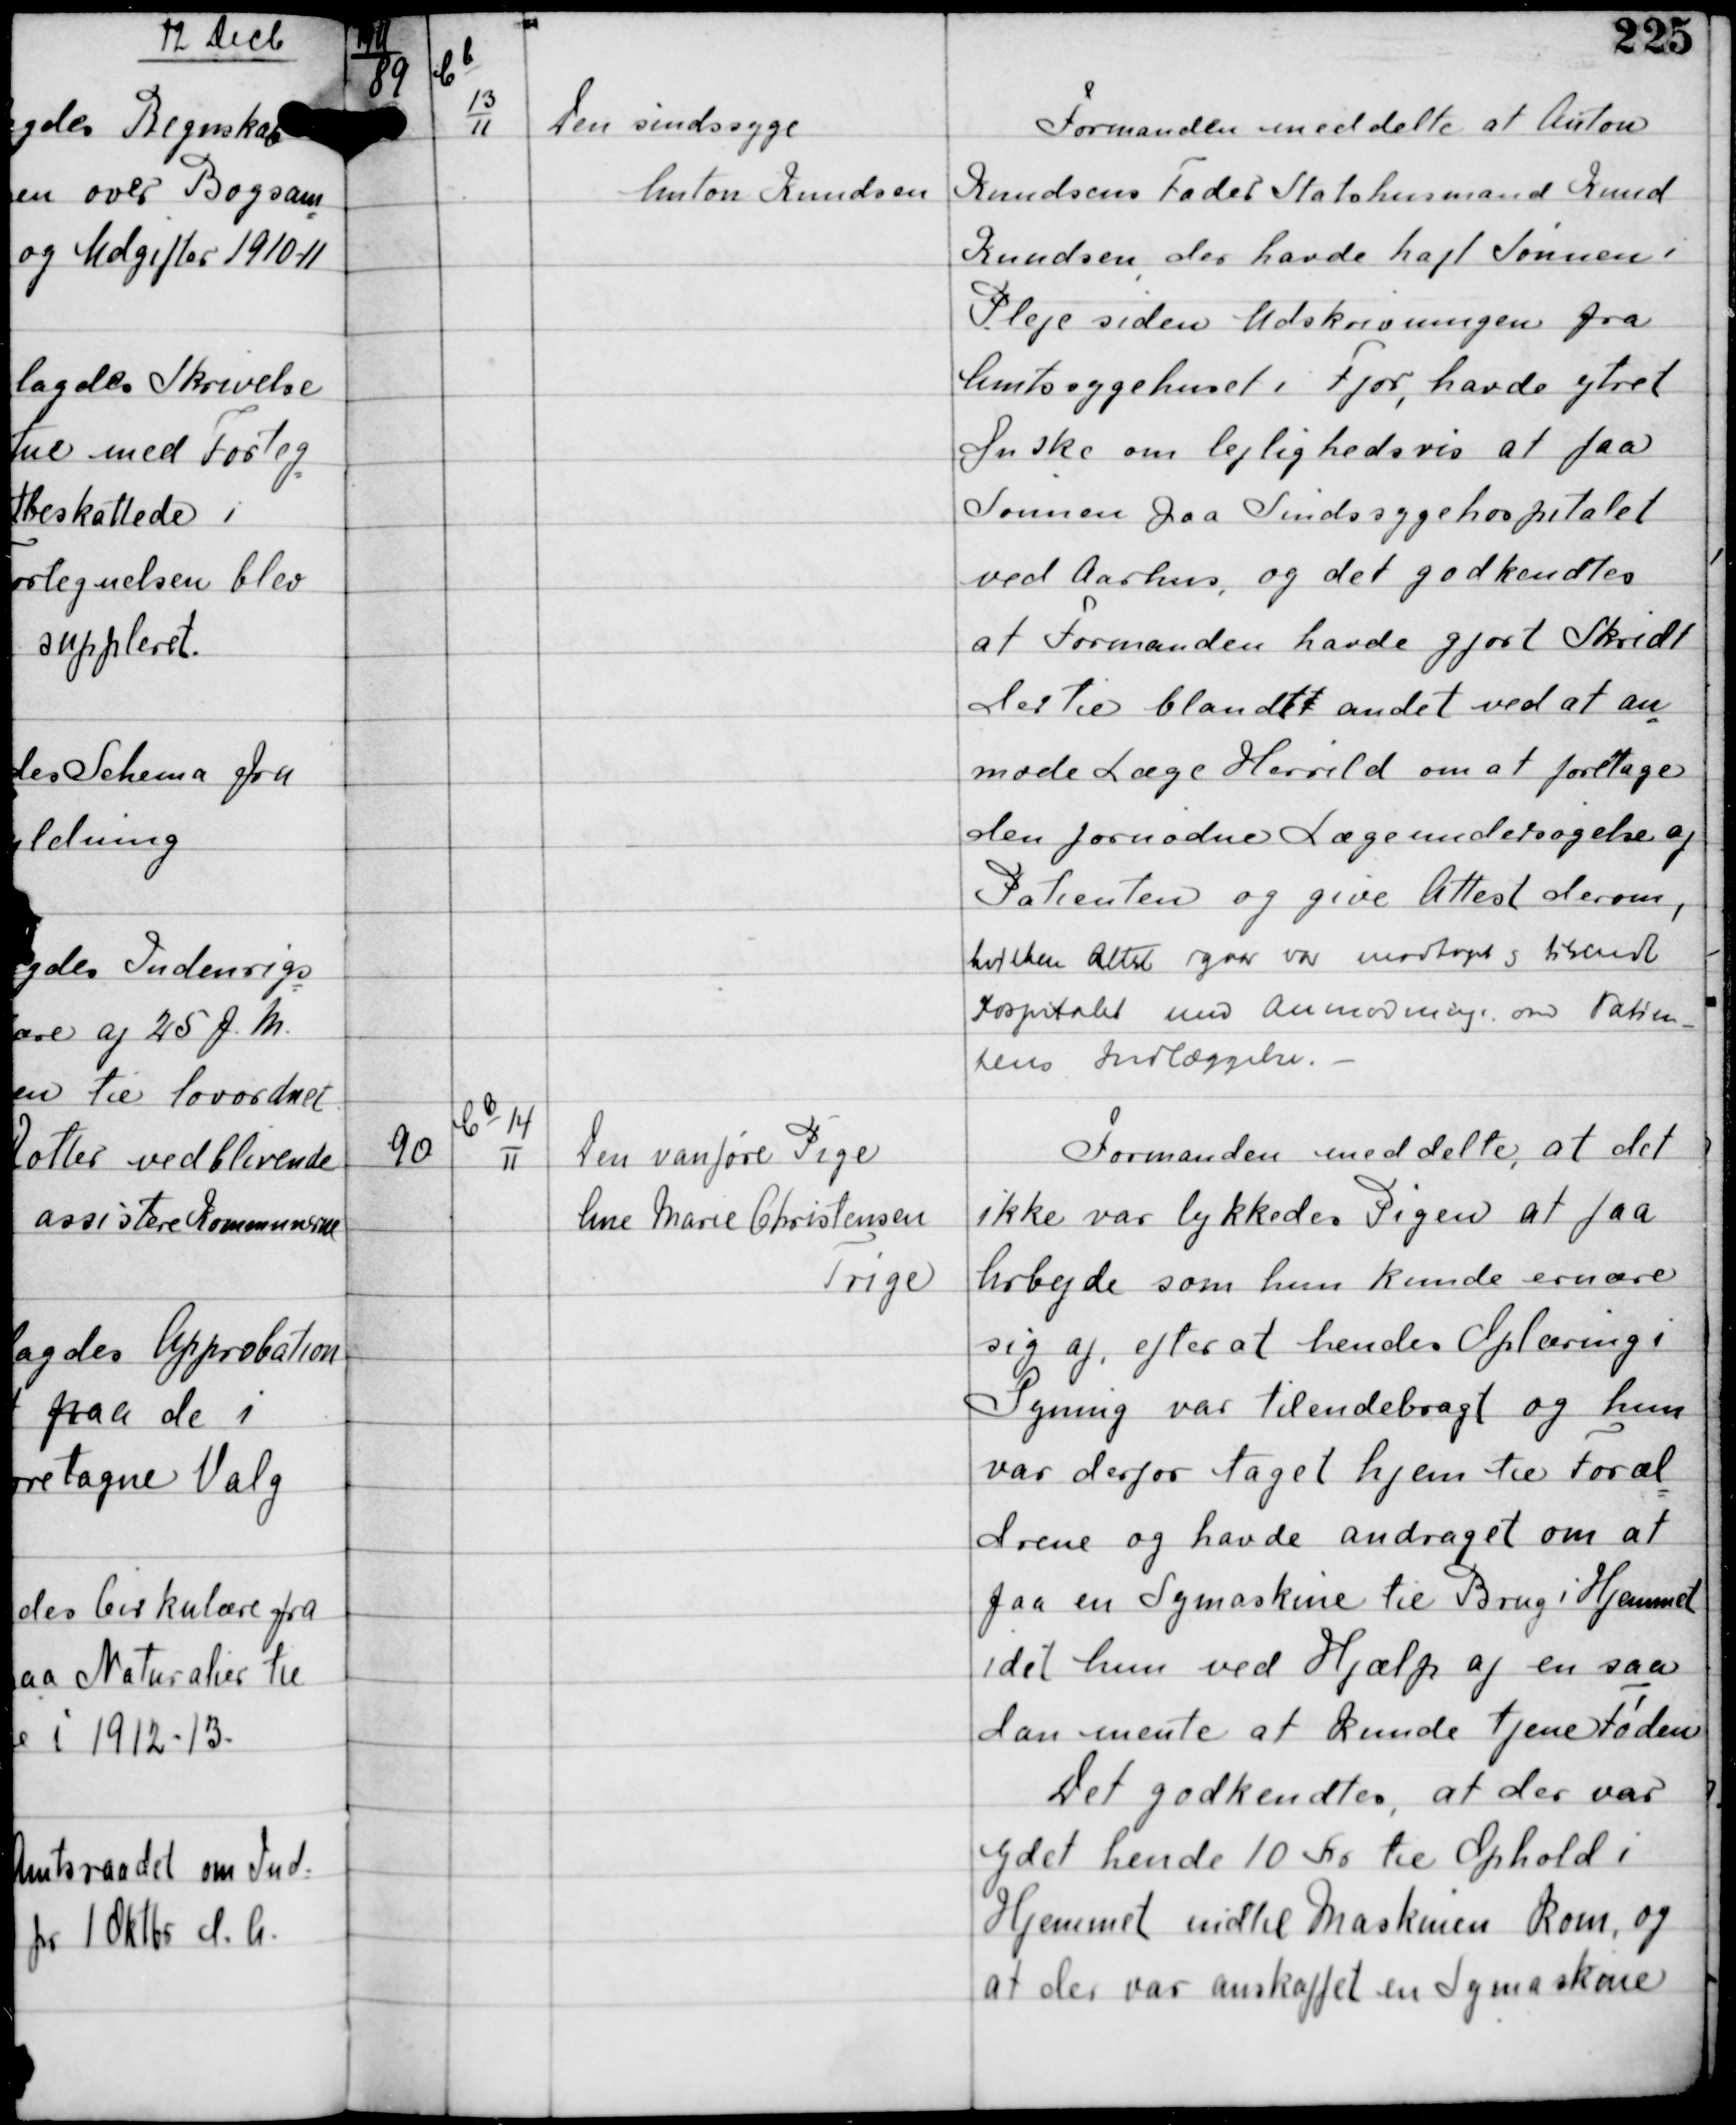
Transskription:
1911

89

C b
13
11

Den sindsyge
Anton Knudsen

Formanden meddelte at Anton
Knudsens Fader Statshusmand Knud
Knudsen der havde haft Sønnen i
Pleje siden Udskrivningen fra
Amtssygehuset i Fjor, havde ytret
Ønske om lejlighedsvis at faa
Sønnen paa Sindsygehospitalet
ved Aarhus, og det godkendtes
at Formanden havde gjort Skridt
dertil blandtt andet ved at an
mode Læge Herrild om at foretage
den fornødne Lægeundersøgelse af
Patienten og give Attest derom,
hvilken Attest igaar var modtaget og tilsendt
Hospitalet med anmodning om Patien-
tens Indlæggelse. -

90

Cb
14
11

Den vanføre Pige
Line Marie Christensen
Trige

Formanden meddelte, at det
ikke var lykkedes Pigen at faa
Arbejde som hun kunde ernære
sig af, efter at hendes Oplæring i
Syning var tilendebragt og hun
var derfor taget hjem til Foræl
drene og havde andraget om at
faa en Symaskine til Brug i Hjemmet
idet hun ved Hjælp af en saa
dan mente at kunde tjene Føden
Det godkendtes, at der var
ydet hende 10 Kr til Ophold i
Hjemmet indtil Maskinen kom, og
at der var anskaffet en Symaskine.